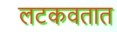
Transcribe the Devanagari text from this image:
लटकवतात